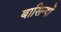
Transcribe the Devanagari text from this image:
बासिन्दों